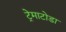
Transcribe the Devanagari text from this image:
ट्रेमाटोडा